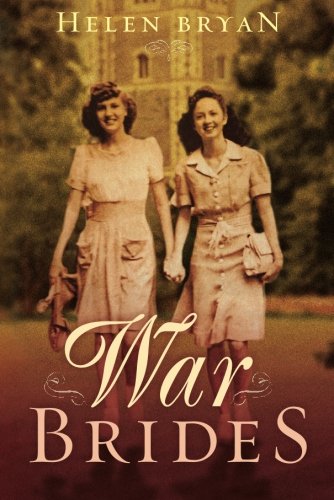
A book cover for War Brides; Helen Bryan; Literature & Fiction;